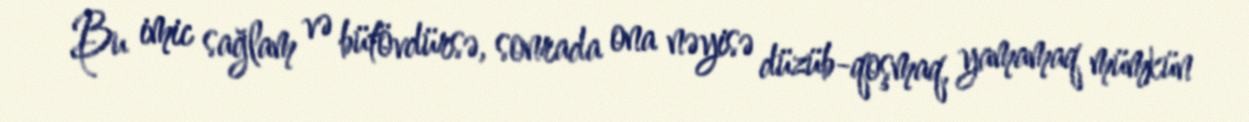
Bu imic sağlam və bütövdürsə, sonrada ona nəyisə düzüb-qoşmaq, yamamaq mümkün